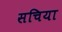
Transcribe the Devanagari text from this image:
सचिया